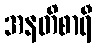
အနတိစာရီ